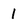
Character: 1